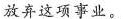
放弃这项事业。